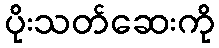
ပိုးသတ်ဆေးကို